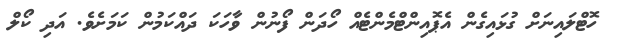
ހޮޓްލައިނަށް ގުޅައިގެން އެޕޮއިންޓްމެންޓެއް ހޯދަން ފޯނުން ވާހަކަ ދައްކަމުން ކަމަށެވެ. އަދި ކޯލް